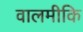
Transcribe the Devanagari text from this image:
वालमीकि